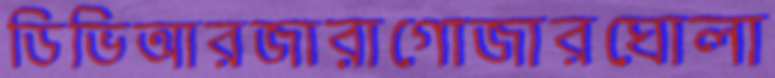
ডিভিআরজারাগোজারঘোলা